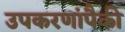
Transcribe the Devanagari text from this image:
उपकरणांपैकी